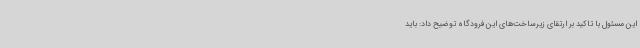
این مسئول با تاکید بر ارتقای زیرساخت‌های این فرودگاه توضیح داد: باید